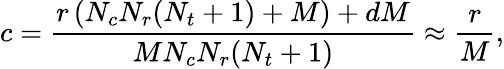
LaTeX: c=\frac{r\left(N_{c}N_{r}(N_{t}+1)+M\right)+dM}{MN_{c}N_{r}(N_{t}+1)}\approx\frac{r}{M},